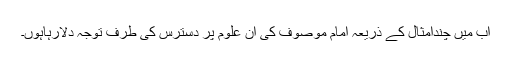
اب میں چندامثال کے ذریعہ امام موصوف کی ان علوم پر دسترس کی طرف توجہ دلارہاہوں۔